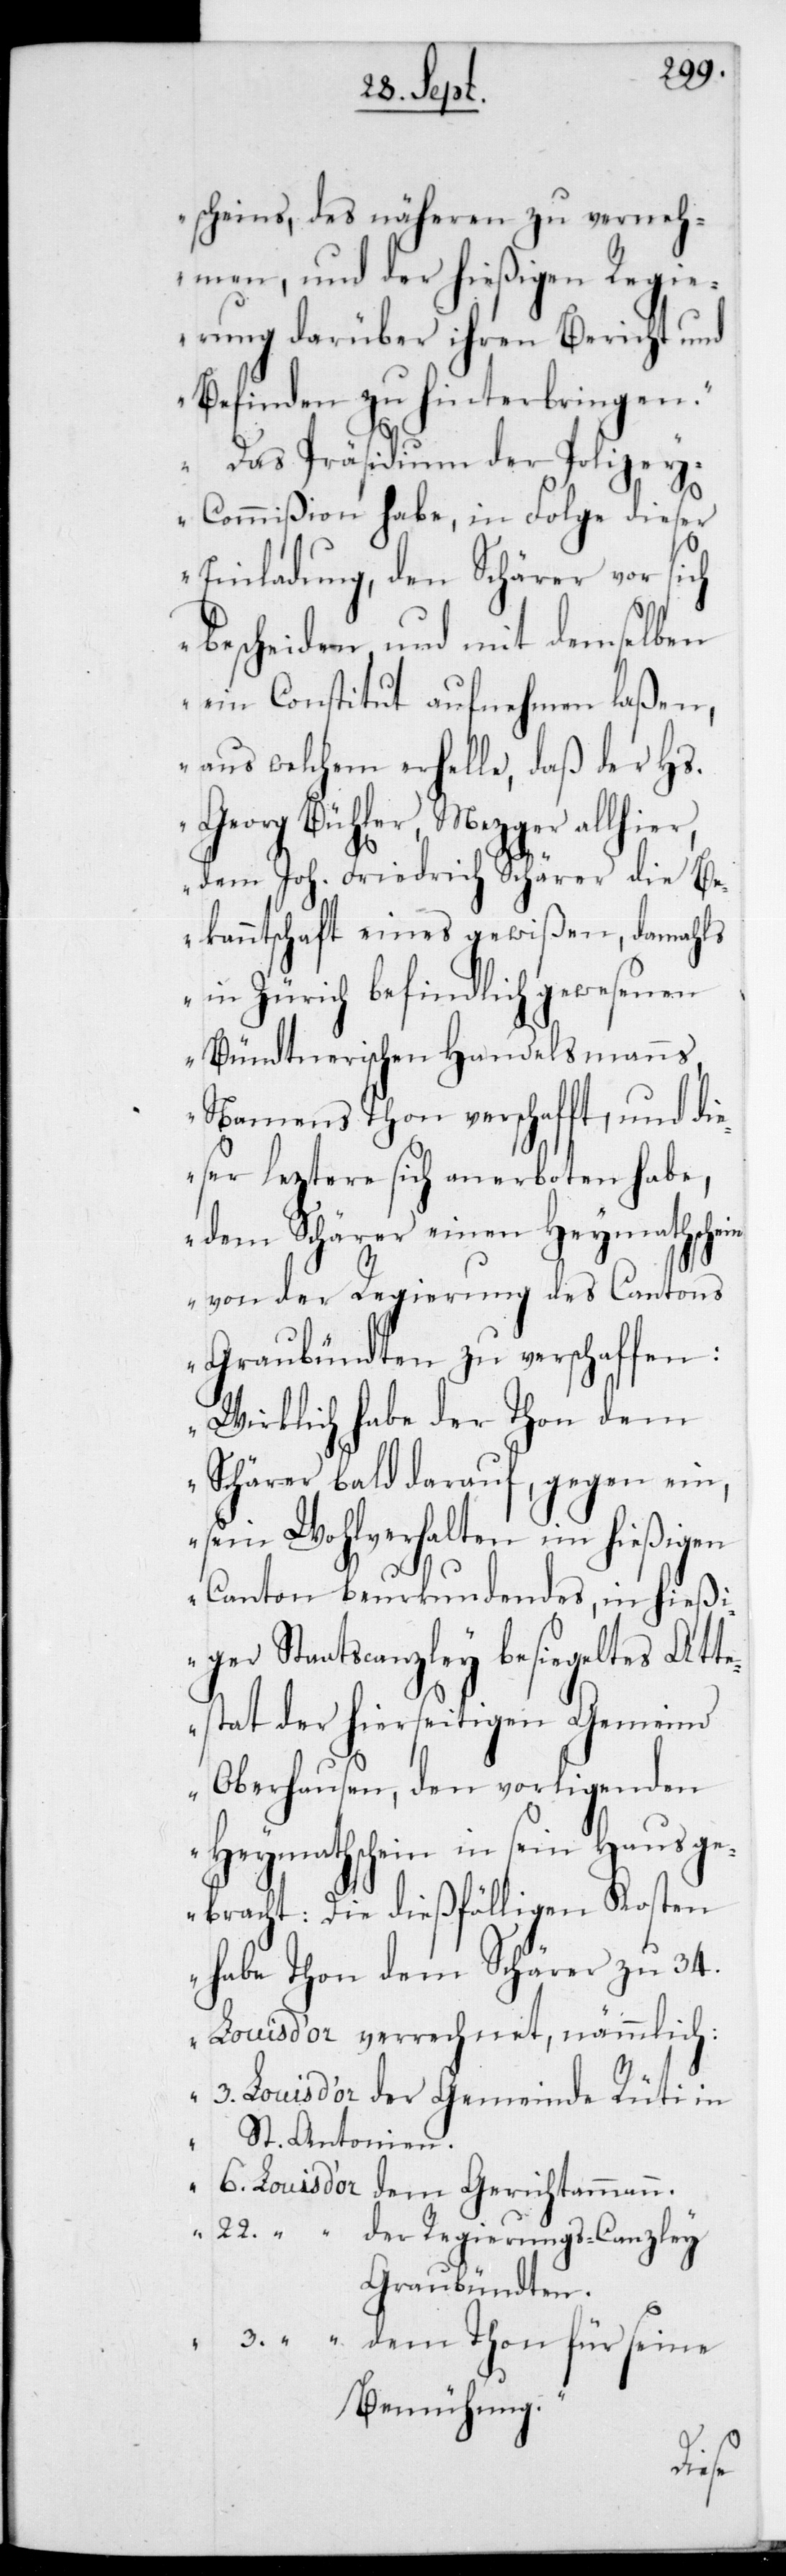
scheins, des näheren zu verneh¬
men, und der hießigen Regie¬
rung darüber ihren Bericht und
Befinden zu hinterbringen.
Das Präsidium der Polize¬
y-Commißion habe in Folge dieser
Einladung, den Schärer vor sich
bescheiden und mit demselben
ein Constitut aufnehmen laßen,
aus welchem erhelle, daß der Hs.
Georg Bühler, Mezger allhier,
dem Joh. Friedrich Schärer die B¬
ekanntschaft eines gewißen, damahls
in Zürich befindlich gewesenen
Bündtnerischen Handelsmanns,
namens Thon verschafft, und die¬
ser leztere sich anerboten habe,
dem Schärer einen Heymathschein
von der Regierung des Cantons
Graubündten zu verschaffen:
Wirklich habe der Thon dem
Schärer bald darauf, gegen ein,
sein Wohlverhalten im hießigen
Canton beurkundendes, in hießi¬
ger Staatscanzley besiegeltes Att¬
estat der hierseitigen Gemeind
Oberhausen, den vorliegenden
Heymathschein in sein Haus g¬
ebracht. Die dießfälligen Kosten
habe Thon dem Schärer zu 34
Louis d’or verrechnet, nämmlich:
St. Antonien
6
der Regierungs-Canzley
Graubündten.
dem Thon für seine
Bemühung.
dem